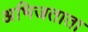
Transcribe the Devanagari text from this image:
अभिजताता